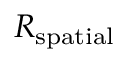
R _ { \mathrm { s p a t i a l } }